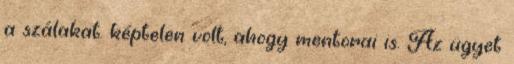
a szálakat. képtelen volt, ahogy mentorai is. Az ügyet